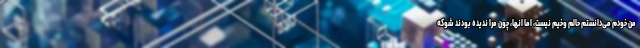
من خودم می‌دانستم حالم وخیم نیست، اما انها، چون مرا ندیده بودند شوکه